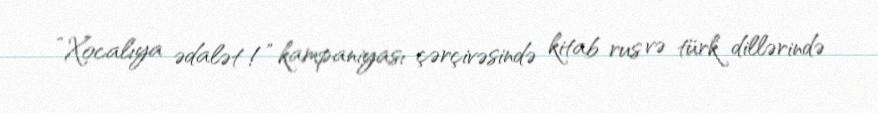
“Xocalıya ədalət !” kampaniyası çərçivəsində kitab rus və türk dillərində